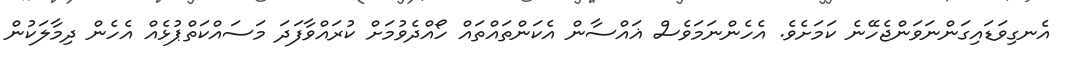
އެނގިވަޑައިގަންނަވަންޖެހޭނެ ކަމަށެވެ. އެހެންނަމަވެސް ޣައްސާން އެކަންތައްތައް ހޯއްދެވުމަށް ކުރައްވާފަދަ މަސައްކަތްޕުޅެއް އެހެން ދިމާލަކުން